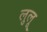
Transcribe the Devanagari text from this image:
लुलू